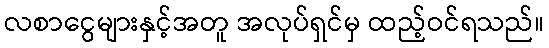
လစာငွေများနှင့်အတူ အလုပ်ရှင်မှ ထည့်ဝင်ရသည်။